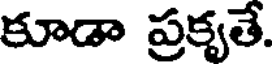
కూడా ప్రకృతే.